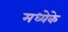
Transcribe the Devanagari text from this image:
मध्येके